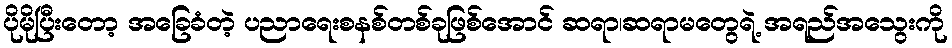
ပိုမိုပြီးတော့ အခြေခံတဲ့ ပညာရေးစနစ်တစ်ခုဖြစ်အောင် ဆရာ၊ဆရာမတွေရဲ့ အရည်အသွေးကို